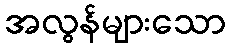
အလွန်များသော